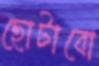
ছোটাবো